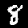
Label: 8